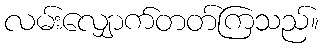
လမ်းလျှောက်တတ်ကြသည်။